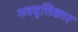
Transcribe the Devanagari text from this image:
नववृत्तिकार